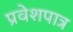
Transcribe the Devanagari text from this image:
प्रवेशपात्र